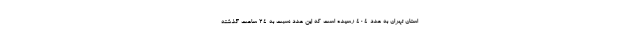
استان تهران به عدد ۴۰۴ رسیده است که این عدد نسبت به ۲۴ ساعت گذشته